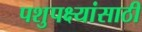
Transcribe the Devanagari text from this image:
पशुपक्ष्यांसाठी